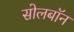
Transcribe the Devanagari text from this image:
सोलबॉन